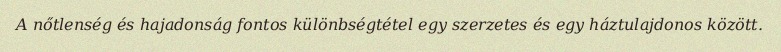
A nőtlenség és hajadonság fontos különbségtétel egy szerzetes és egy háztulajdonos között.